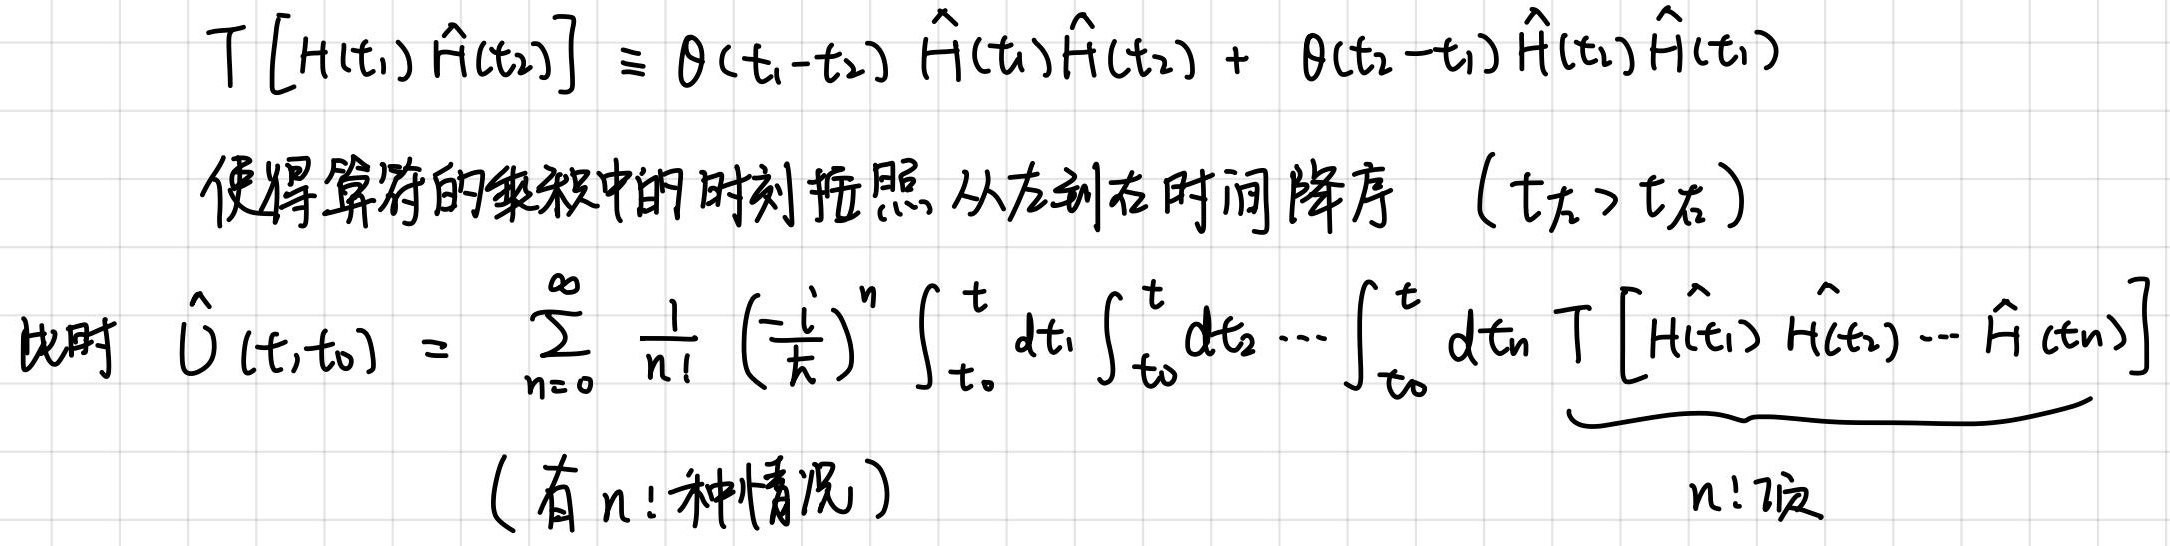
\[
\begin{align*}
T\left[\hat{H}(t_1)\hat{H}(t_2)\right] &\equiv \theta(t_1 - t_2)\hat{H}(t_1)\hat{H}(t_2)+\theta(t_2 - t_1)\hat{H}(t_2)\hat{H}(t_1)\\
&\text{使得算符的乘积中的时刻按照从左到右时间降序 }(t_{\text{左}}>t_{\text{右}})\\
\text{此时 }\hat{U}(t,t_0) &= \sum_{n = 0}^{\infty}\frac{1}{n!}\left(-\frac{i}{\hbar}\right)^n\int_{t_0}^{t}dt_1\int_{t_0}^{t}dt_2\cdots\int_{t_0}^{t}dt_n\underbrace{T\left[\hat{H}(t_1)\hat{H}(t_2)\cdots\hat{H}(t_n)\right]}_{n!\text{ 项}}\\
&\text{（有 }n!\text{ 种情况）}
\end{align*}
\]